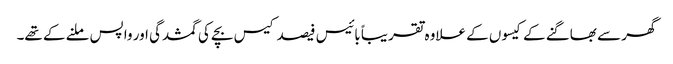
گھر سے بھاگنے کے کیسوں کے علاوہ تقریباً بائیس فیصد کیس بچے کی گمشدگی اور واپس ملنے کے تھے۔